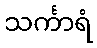
သင်္ကာရံ